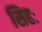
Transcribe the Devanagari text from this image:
सिहः